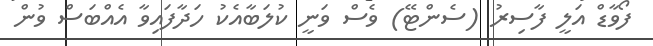
ފޯވާޑް އަލީ ފާސިރު (ސެންޓޭ) ވެސް ވަނީ ކުލަބާއެކު ހަދާފައިވާ އެއްބަސް ވުން